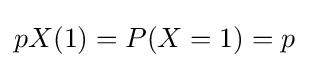
pX(1)=P(X=1)=p